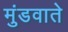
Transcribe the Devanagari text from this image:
मुंडवाते